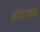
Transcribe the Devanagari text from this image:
लौराइज़